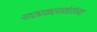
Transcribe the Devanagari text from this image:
नाट्यकलावंतांच्या